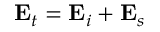
\mathbf { E } _ { t } = \mathbf { E } _ { i } + \mathbf { E } _ { s }